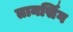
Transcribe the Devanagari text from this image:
तानसिँग